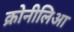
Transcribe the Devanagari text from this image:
क्रोनीलिआ